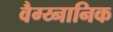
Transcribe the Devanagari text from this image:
वैग्य्नानिक